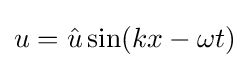
u={\hat {u}}\sin(kx-\omega t)